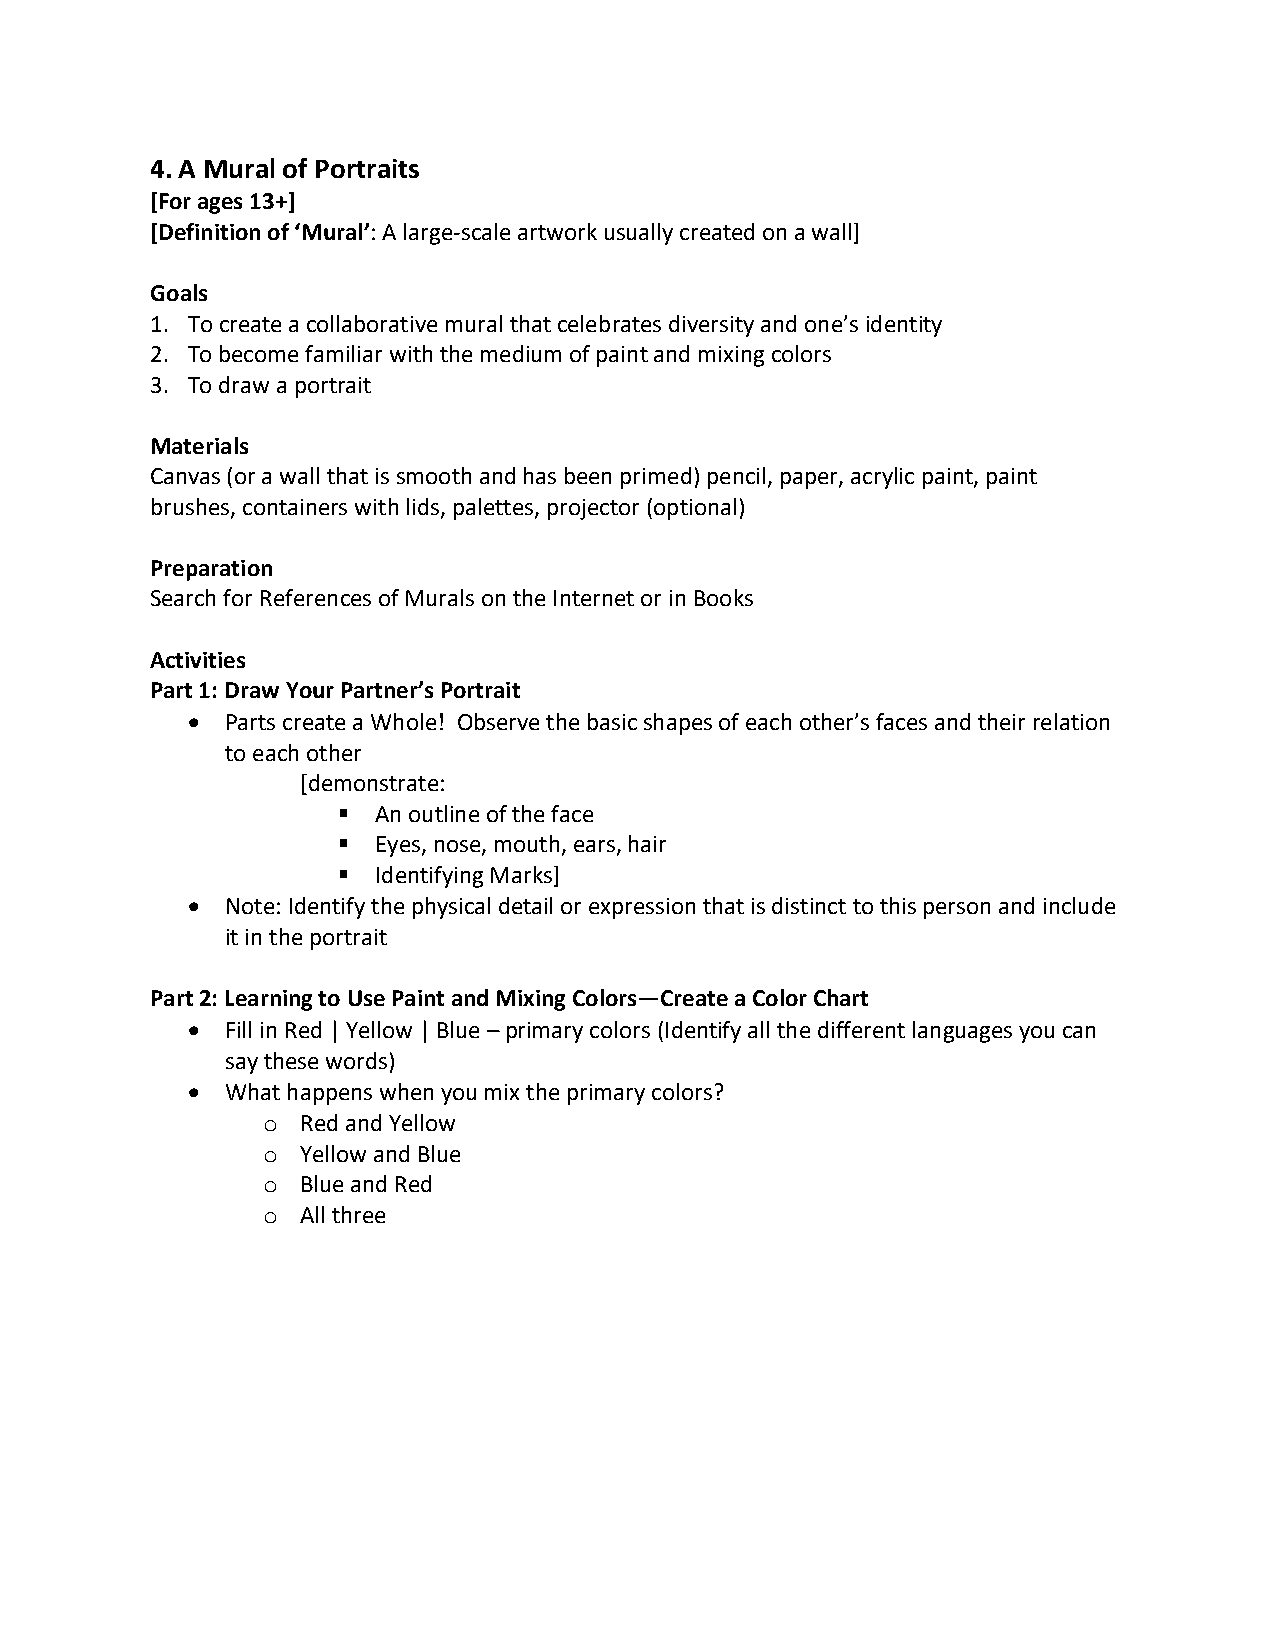
4. A Mural of Portraits
 [For ages 13+]
 [Definition of ‘Mural’: A large-scale artwork usually created on a wall]
 Goals
 1. To create a collaborative mural that celebrates diversity and one’s identity
 2. To become familiar with the medium of paint and mixing colors
 3. To draw a portrait
 Materials
 Canvas (or a wall that is smooth and has been primed) pencil, paper, acrylic paint, paint
 brushes, containers with lids, palettes, projector (optional)
 Preparation
 Search for References of Murals on the Internet or in Books
 Activities
 Part 1: Draw Your Partner’s Portrait
   Parts create a Whole! Observe the basic shapes of each other’s faces and their relation
 to each other
 [demonstrate:
   An outline of the face
   Eyes, nose, mouth, ears, hair
   Identifying Marks]
   Note: Identify the physical detail or expression that is distinct to this person and include
 it in the portrait
 Part 2: Learning to Use Paint and Mixing Colors—Create a Color Chart
   Fill in Red | Yellow | Blue – primary colors (Identify all the different languages you can
 say these words)
   What happens when you mix the primary colors?
 o  Red and Yellow
 o  Yellow and Blue
 o  Blue and Red
 o  All three